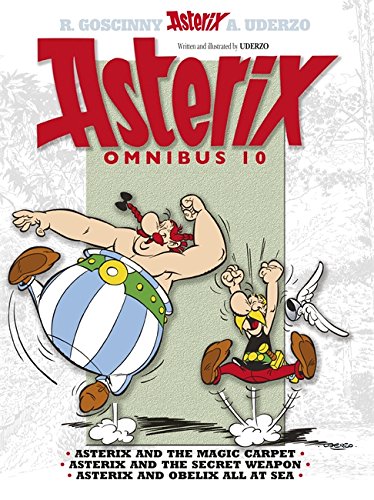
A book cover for Asterix Omnibus 10: Includes Asterix and the Magic Carpet #28, Asterix and the Secret Weapon #29, Asterix and Obelix All at Sea #30; Rene Goscinny; Comics & Graphic Novels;